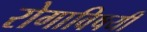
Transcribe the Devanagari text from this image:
रोगाविषयी